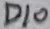
Text: D10